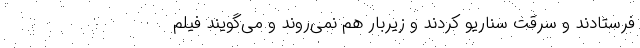
فرستادند و سرقت سناریو کردند و زیربار هم نمی‌روند و می‌گویند فیلم